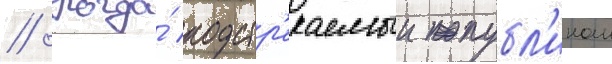
// Когда́ подстр'екаемыи публ'икои